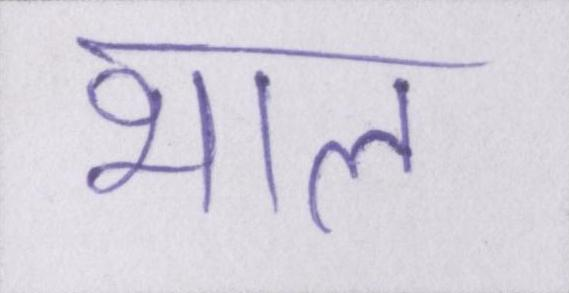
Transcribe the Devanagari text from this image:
भाल